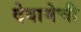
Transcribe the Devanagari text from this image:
देवामेची